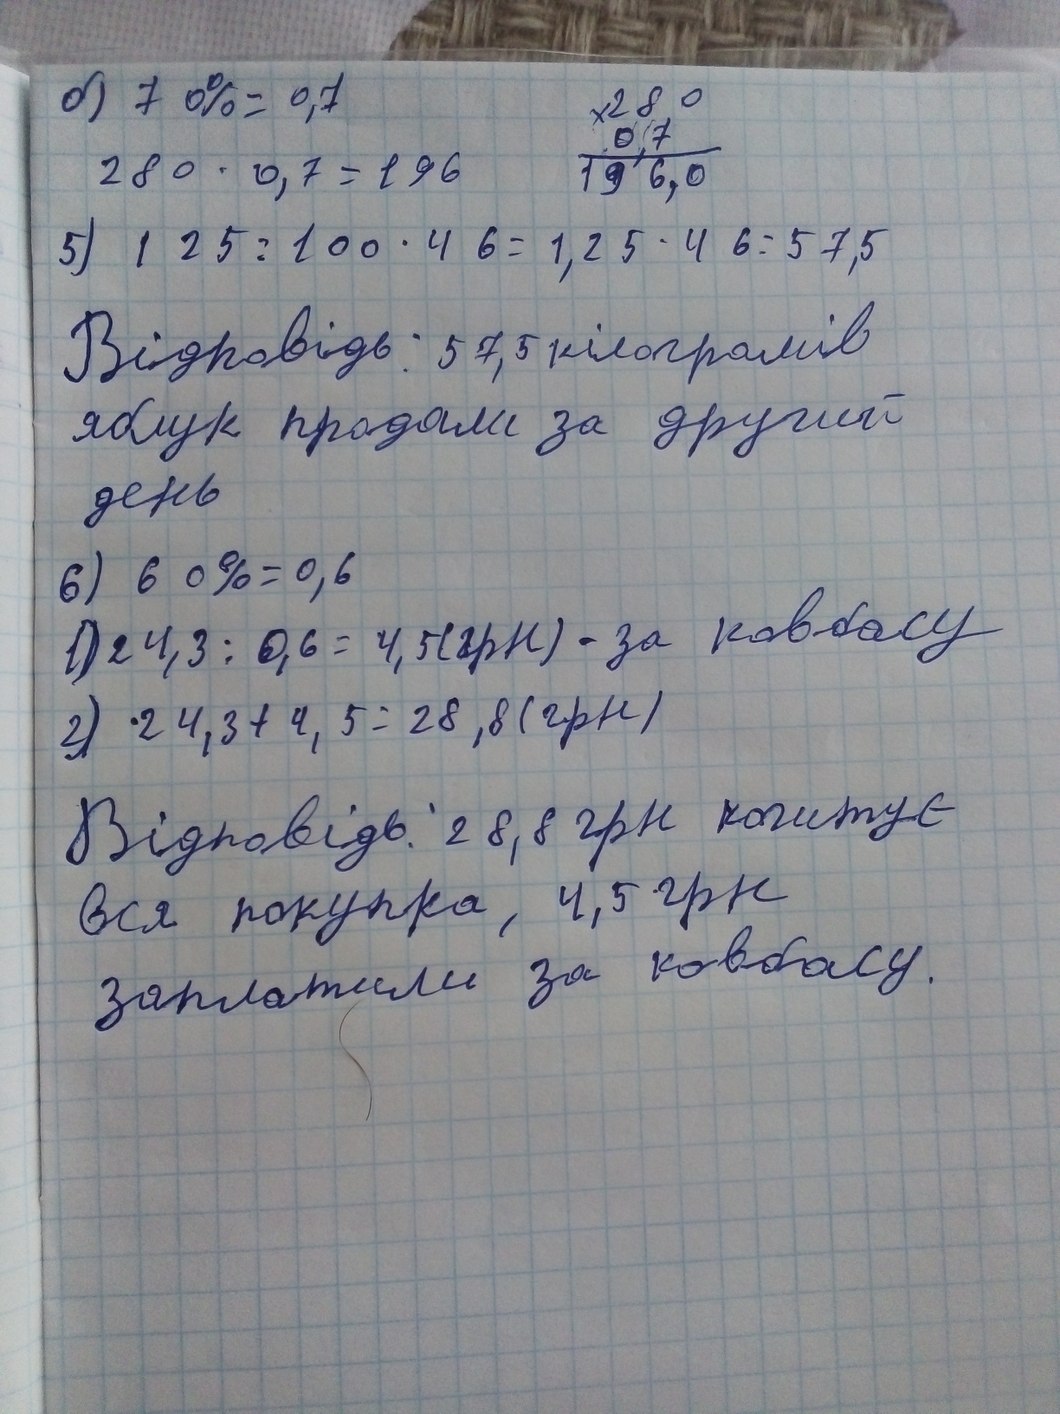
б) 70% = 0,7
280
0,7
196,0
280 * 0,7 = 196
5) 125 / 100 * 46 = 1,25 * 46 = 57,5
Відповідь: 57,5 кілограмів
яблук продали за другий
день
6) 60% = 0,6
1) 24,3 / 0,6 = 4,5(грн) - за ковбасу
2) 24,3 + 4,5 = 28,8 (грн)
Відповідь: 28,8 грн коштує
вся покупка, 4,5 грн
заплатили за ковбасу.